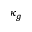
\kappa _ { g }